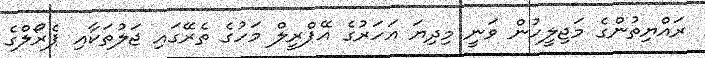
ރައްޔިތުންގެ މަޖިލީހުން ވަނީ މިދިޔަ އަހަރުގެ އޭޕްރީލް މަހުގެ ތެރޭގައި ޖަލުތަކާއި ޕެރޯލްގެ